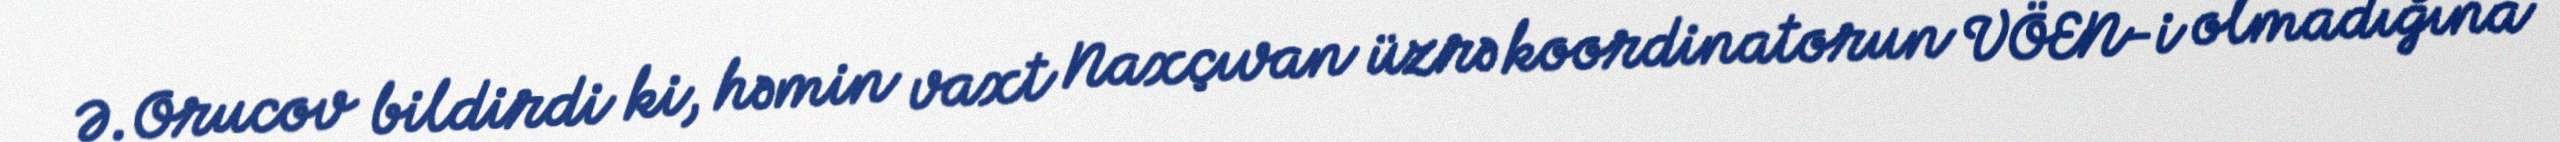
Ə.Orucov bildirdi ki, həmin vaxt Naxçıvan üzrə koordinatorun VÖEN-i olmadığına